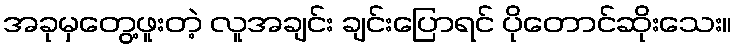
အခုမှတွေ့ဖူးတဲ့ လူအချင်း ချင်းပြောရင် ပိုတောင်ဆိုးသေး။